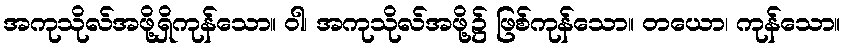
အကုသိုလ်အဖို့ရှိကုန်သော။ ဝါ၊ အကုသိုလ်အဖို့၌ ဖြစ်ကုန်သော။ တယော၊ ကုန်သော။